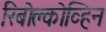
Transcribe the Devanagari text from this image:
रिबोक्लोव्हिन